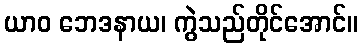
ယာဝ ဘေဒနာယ၊ ကွဲသည်တိုင်အောင်။